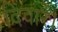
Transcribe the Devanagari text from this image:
दिवारें।